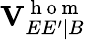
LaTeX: \mathbf{V}_{EE^{\prime}|B}^{\mathrm{~h~o~m~}}